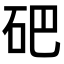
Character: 𥑁